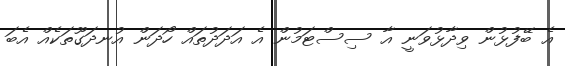
އެ ބޭފުޅުން ވިދާޅުވަނީ އާ ސިސްޓަމުން އެ އަދަދުތައް ހޯދަން އުނދަގޫތަކެއް އެބަ